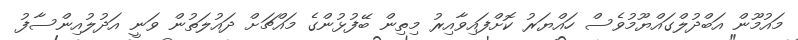
މައުމޫން އަބްދުލްގައްޔޫމުވެސް ހައްޔަރު ކޮށްފައިވާއިރު މިތިން ބޭފުޅުންގެ މައްޗަށް ދައުލަތުން ވަނީ އަދުލުއިންސާފު